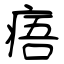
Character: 痦